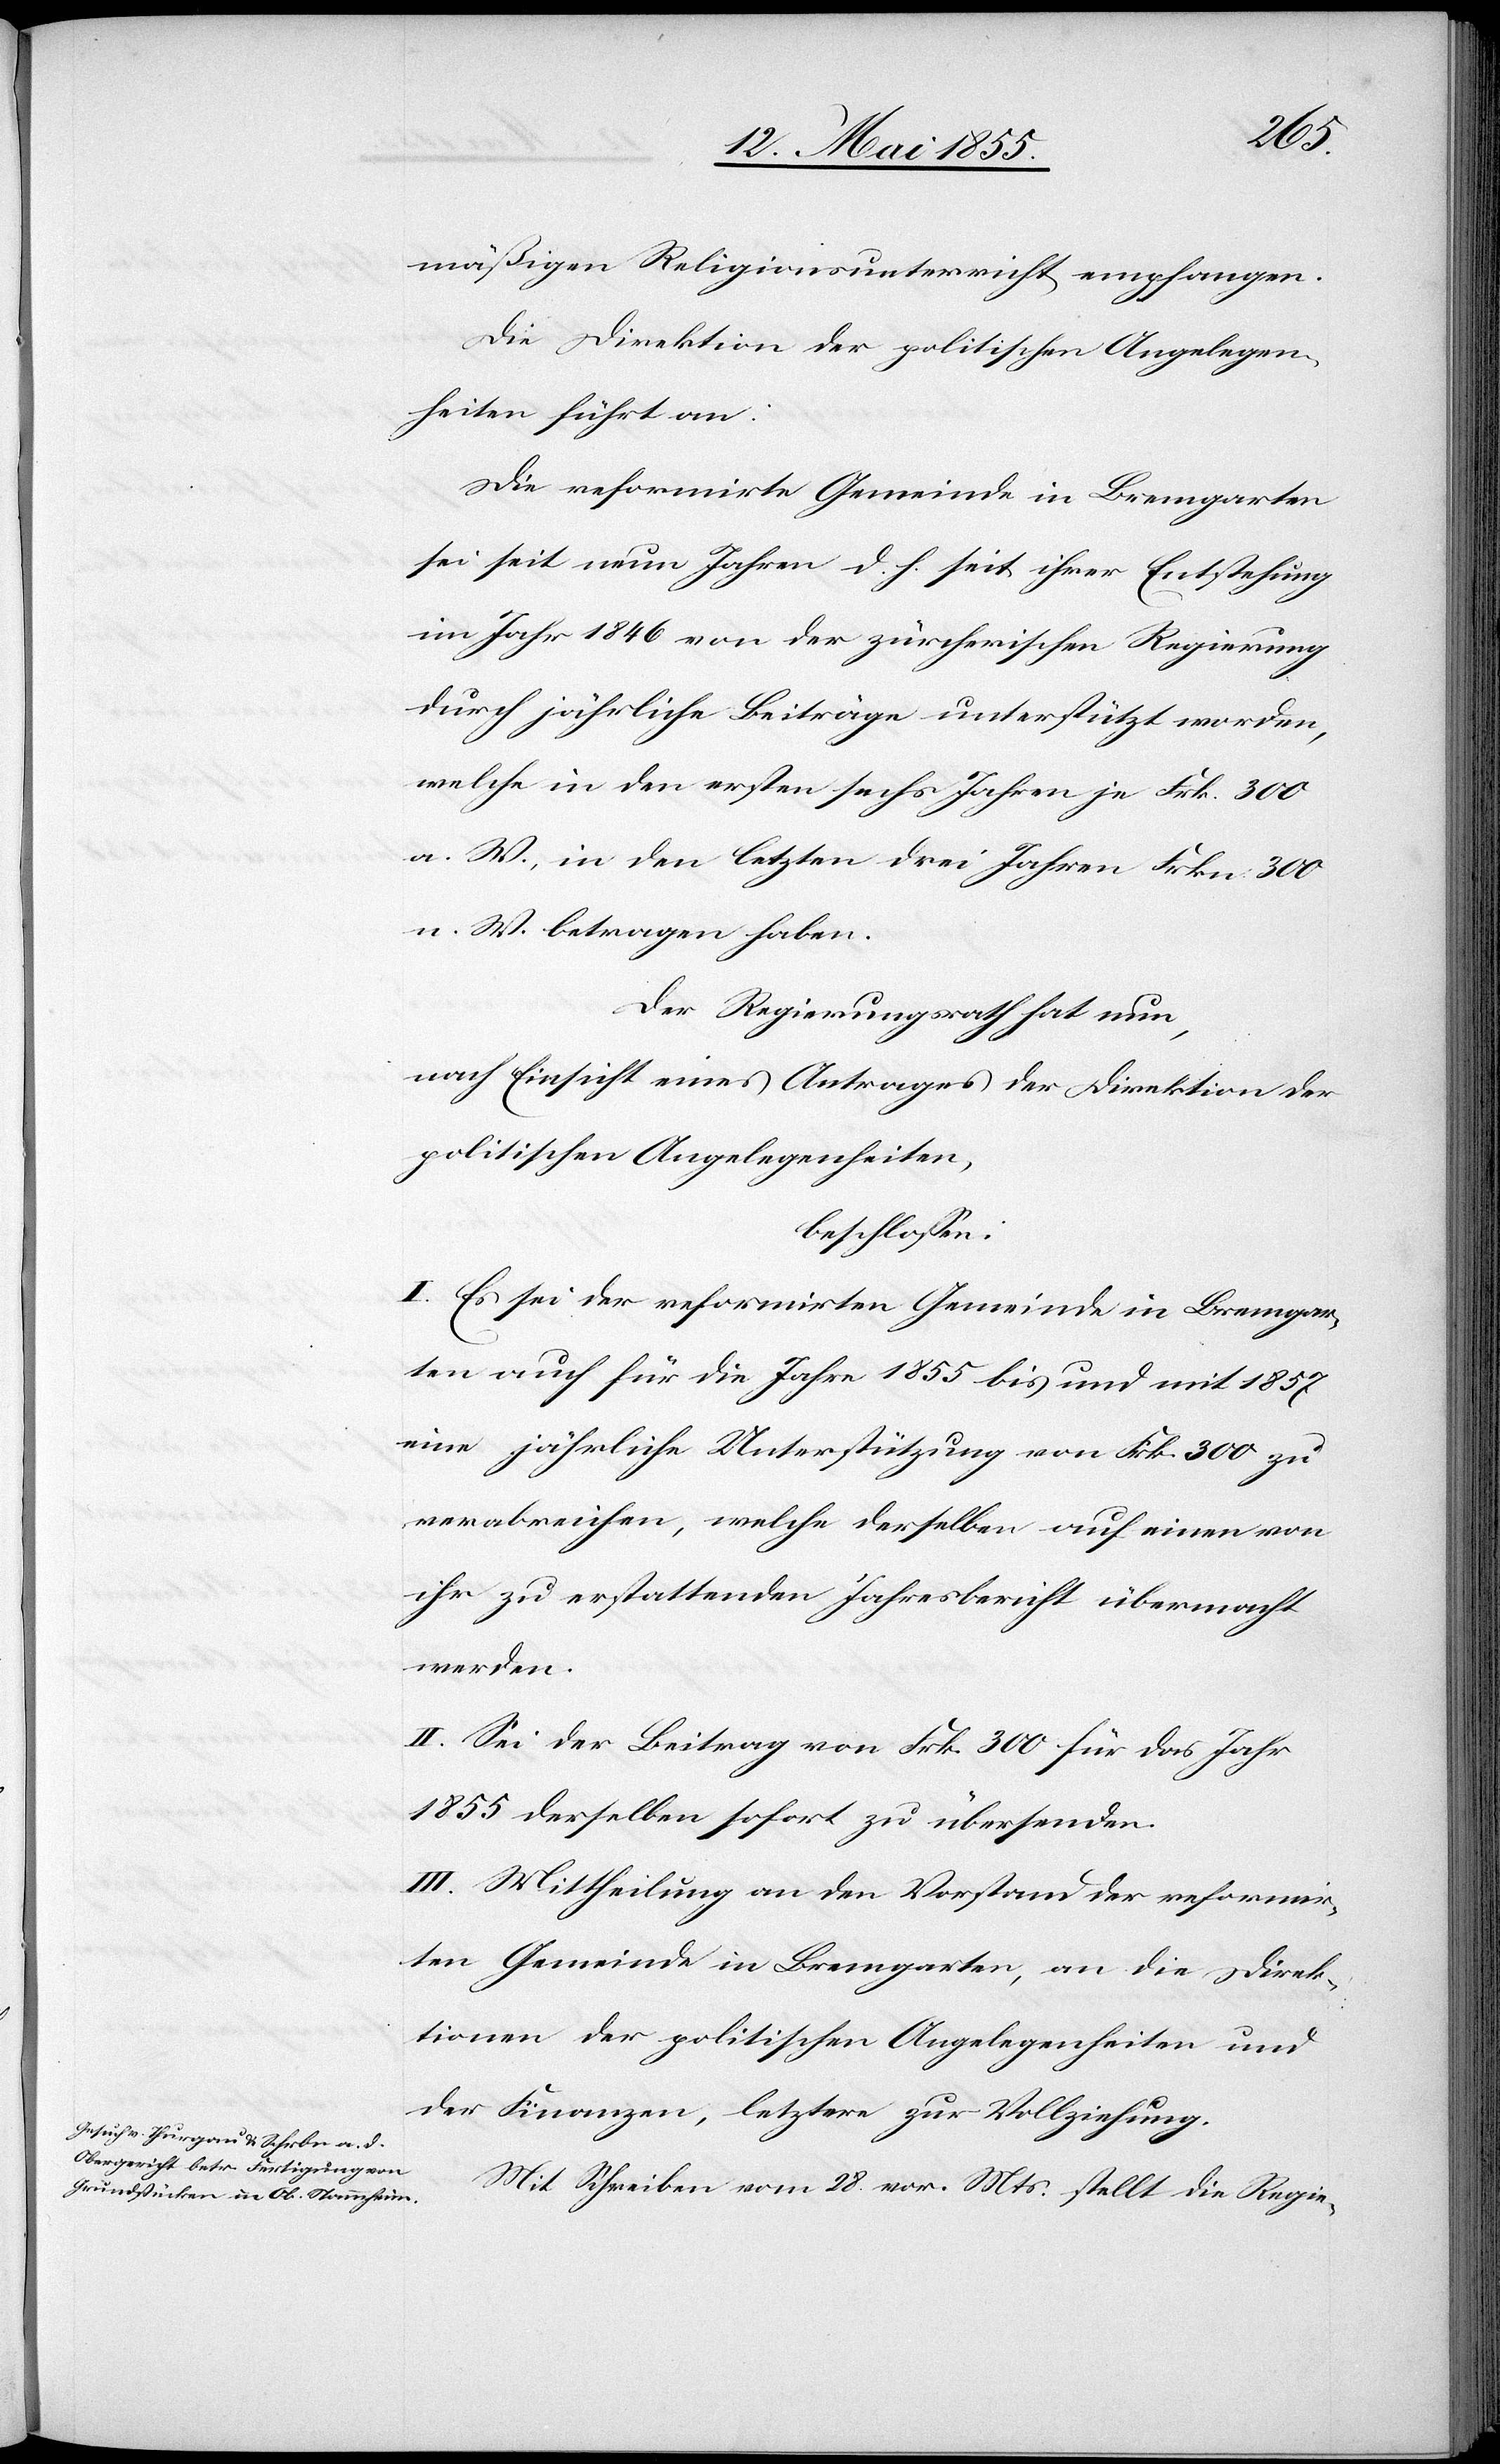
mäßigen Religionsunterricht empfangen.
Die Direktion der politischen Angelegen¬
heiten führt an:
Die reformirte Gemeinde in Bremgarten
sei seit neun Jahren d. h. seit ihrer Entstehung
im Jahr 1846 von der zürcherischen Regierung
durch jährliche Beiträge unterstützt worden,
welche in den ersten sechs Jahren je Frk. 300
a. W., in den letzten drei Jahren Frkn 300
n. W. betragen haben.
Der Regierungsrath hat nun,
nach Einsicht eines Antrages der Direktion der
politischen Angelegenheiten,
beschlossen:
I. Es sei der reformirten Gemeinde in Bremgar¬
ten auch für die Jahre 1855 bis und mit 1857
eine jährliche Unterstützung von Frk. 300 zu
verabreichen, welche derselben auf einen von
ihr zu erstattenden Jahresbericht übermacht
werden.
II. Sei der Beitrag von Frk. 300 für das Jahr
1855 derselben sofort zu übersenden.
III. Mittheilung an den Vorstand der reformir¬
ten Gemeinde in Bremgarten, an die Direk¬
tionen der politischen Angelegenheiten und
der Finanzen, letztere zur Vollziehung.
Mit Schreiben vom 28. vor. Mts. stellt die Regie-